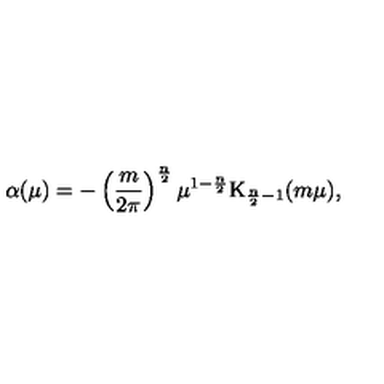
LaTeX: \alpha ( \mu ) = - \left( \frac { m } { 2 \pi } \right) ^ { \frac { n } 2 } \mu ^ { 1 - \frac { n } 2 } \mathrm { K } _ { \frac { n } 2 - 1 } ( m \mu ) ,